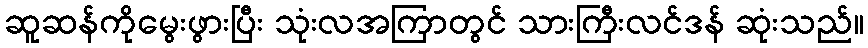
ဆူဆန်ကိုမွေးဖွားပြီး သုံးလအကြာတွင် သားကြီးလင်ဒန် ဆုံးသည်။